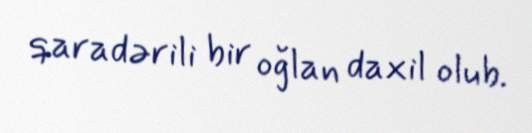
qaradərili bir oğlan daxil olub.